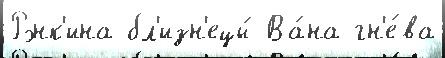
Рэнк'ина бл'изн'ецы́ Ва́на гн'е́ва